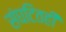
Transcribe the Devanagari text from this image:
संघटितही